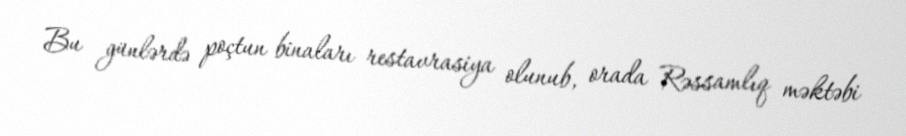
Bu günlərdə poçtun binaları restavrasiya olunub, orada Rəssamlıq məktəbi